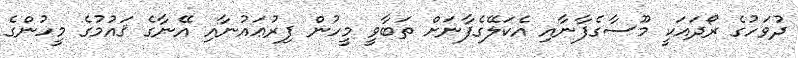
ދުވަހުގެ ރޯދައަކީ މޫސާގެފާނާއި އެކަލޭގެފާނަށް ތަބާވީ މީހުން ފިރުޢައުނާއި އޭނާގެ ޤައުމުގެ މީހުންގެ